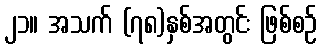
၂၁။ အသက် (၇၈)နှစ်အတွင်း ဖြစ်စဉ်